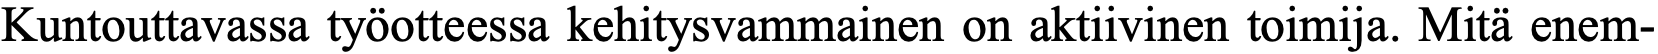
Kuntouttavassa työotteessa kehitysvammainen on aktiivinen toimija. Mitä enem-